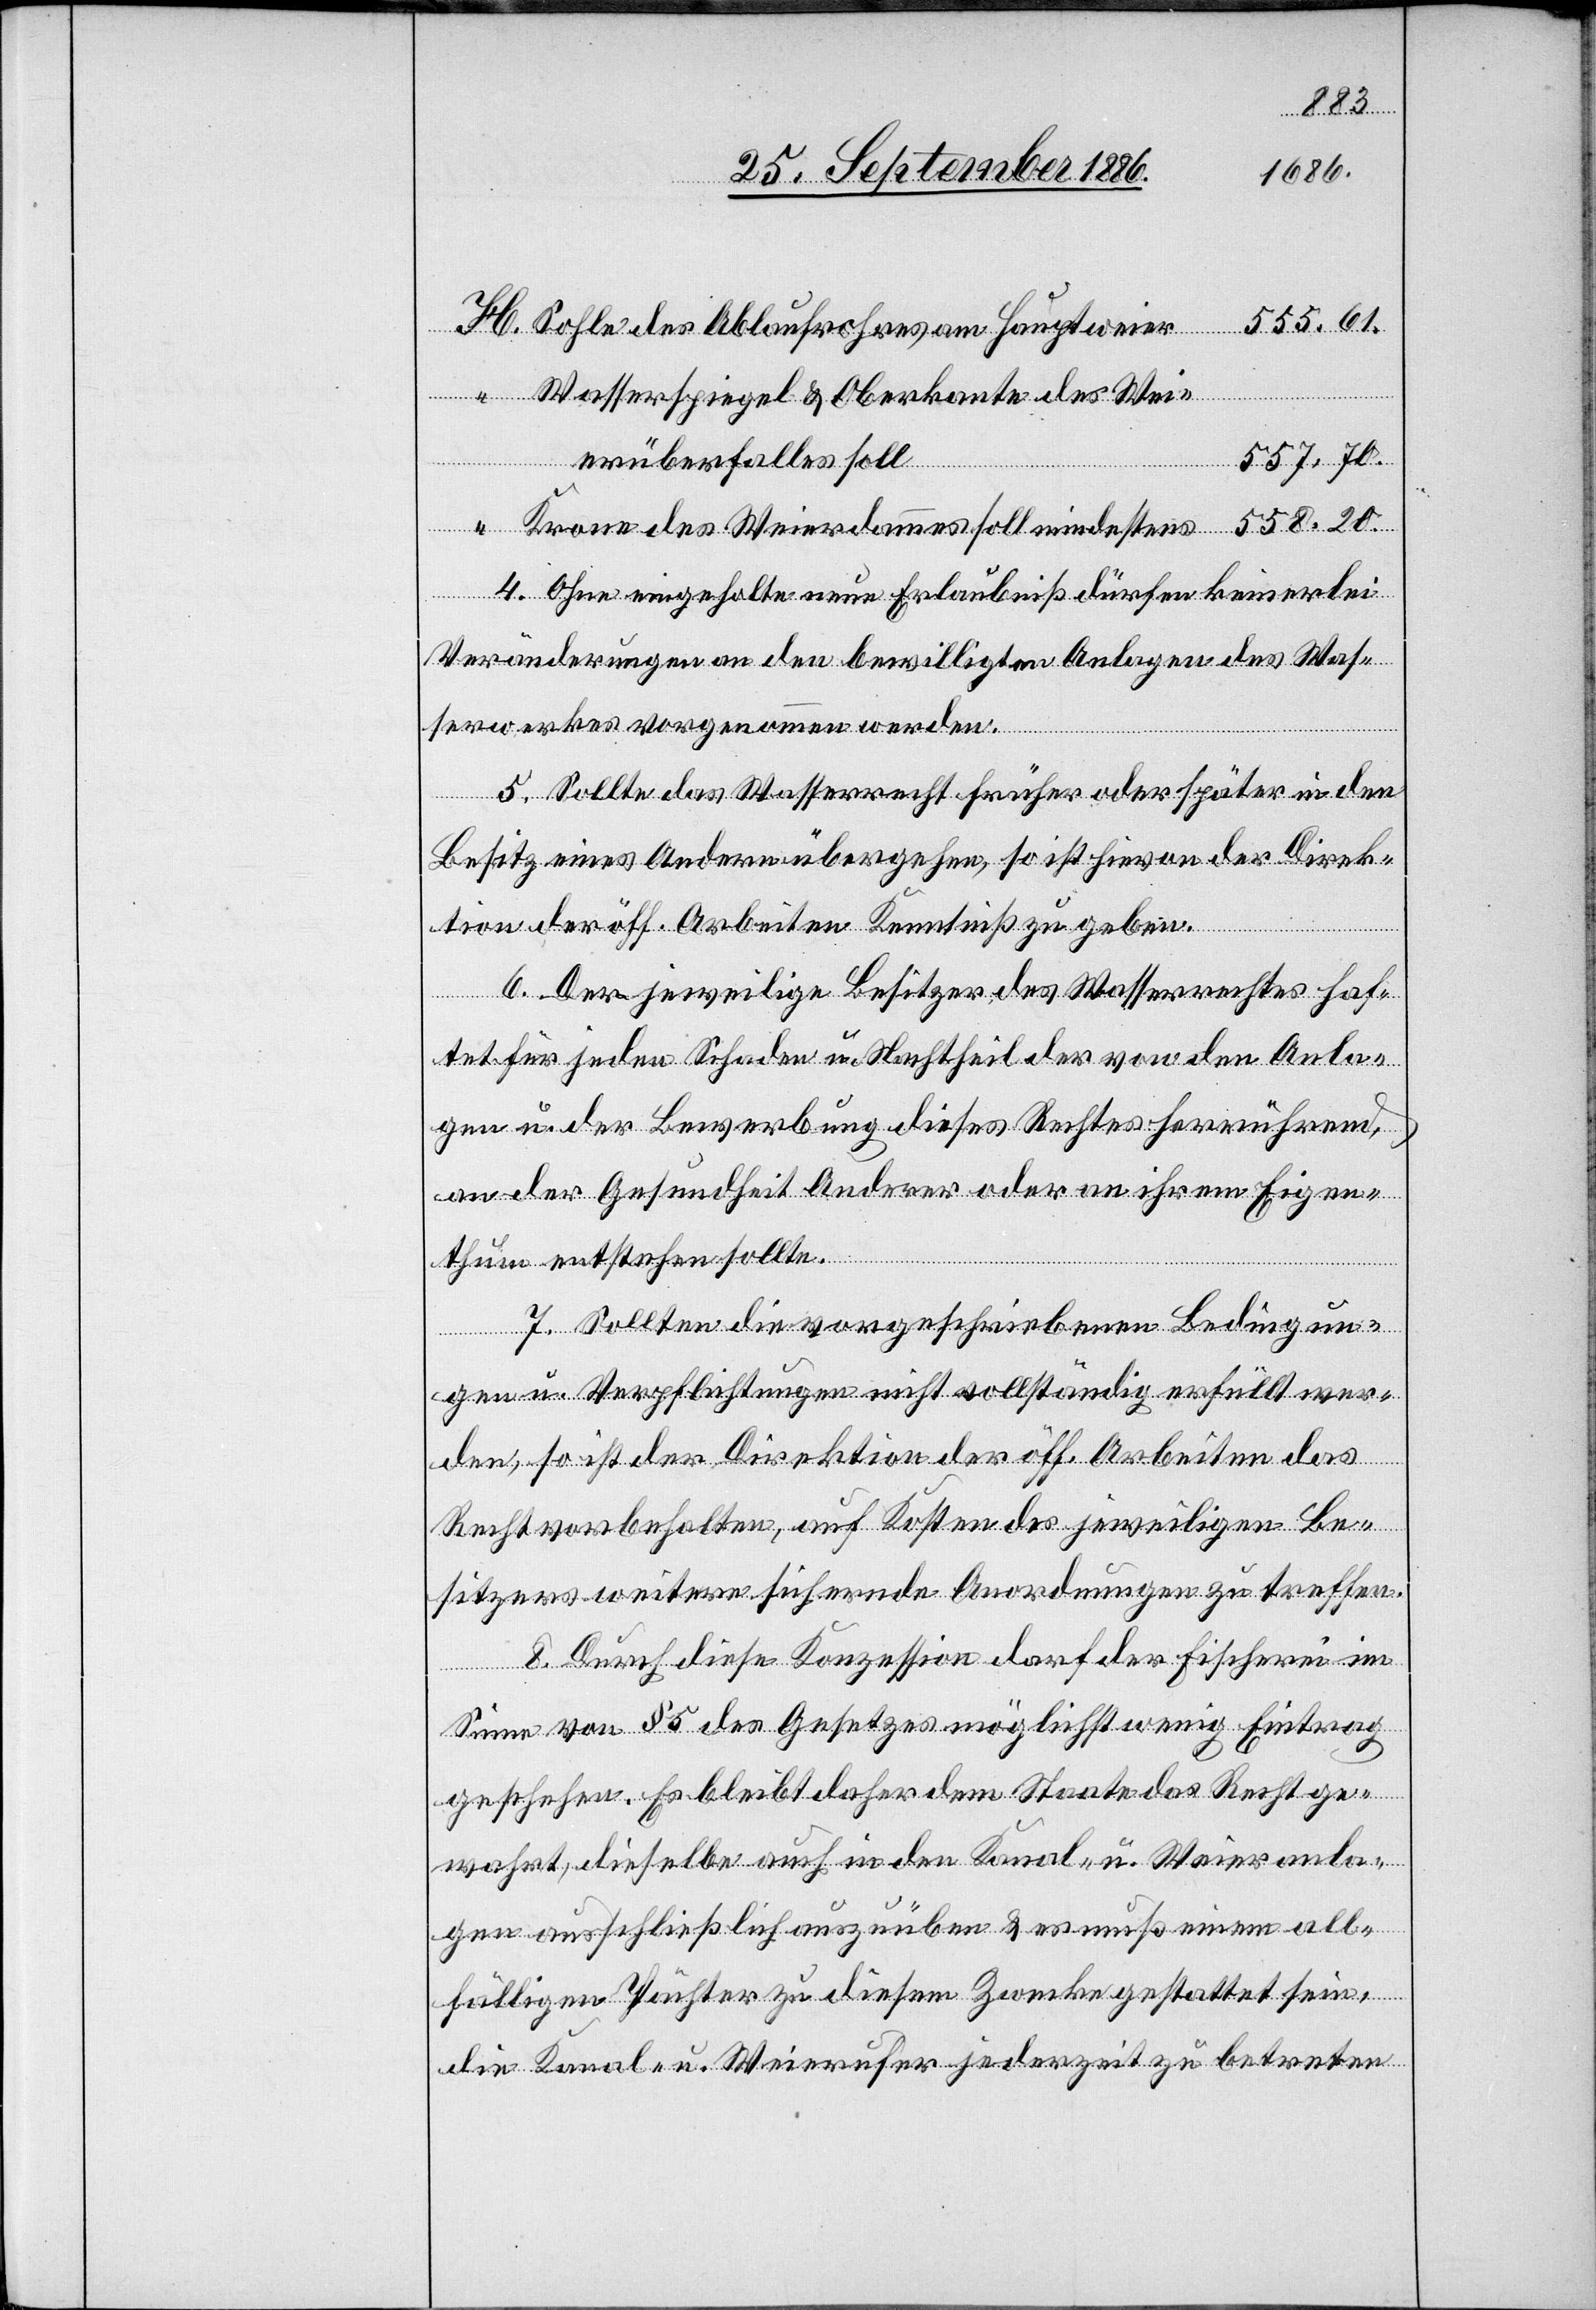
555.61.
Sohle des Ablaufrohres am Hauptweier
Wasserspiegel & Oberkante des Wei¬
557.70.
erüberfalles soll
Krone des Weierdammes soll mindestens
4. Ohne eingeholte neue Erlaubniß dürfen keinerlei
Veränderungen an den bewilligten Anlagen des Was¬
serwerkes vorgenommen werden.
5. Sollte das Wasserrecht früher oder später in den
Besitz eines Andern übergehen, so ist hievon der Direk¬
tion der öff. Arbeiten Kenntniß zu geben.
H.
6. Der jeweilige Besitzer des Wasserrechts haf¬
tet für jeden Schaden u. Nachtheil der von den Anla¬
gen u. der Bewerbung dieses Rechtes herrührend,
an der Gesundheit Anderer oder an ihrem Eigen¬
thum entstehen sollte.
7. Sollten die vorgeschriebenen Bedingun¬
gen u. Verpflichtungen nicht vollständig erfüllt wer¬
den, so ist der Direktion der öff. Arbeiten das
Recht vorbehalten, auf Kosten des jeweiligen Be¬
sitzers weitere sichernde Anordnungen zu treffen.
8. Durch diese Konzession darf der Fischerei im
Sinne von § 5 des Gesetzes möglichst wenig Eintrag
geschehen. Es bleibt daher dem Staate das Recht ge¬
wahrt, dieselbe auch in den Kanal- u. Weieranla¬
gen ausschließlich auszuüben & es muß einem all¬
fälligen Pächter zu diesem Zwecke gestattet sein,
die Kanal- u. Weierufer jederzeit zu betreten